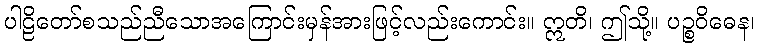
ပါဠိတော်စသည်ညီသောအကြောင်းမှန်အားဖြင့်လည်းကောင်း။ ဣတိ၊ ဤသို့။ ပဉ္စဝိဓေန၊